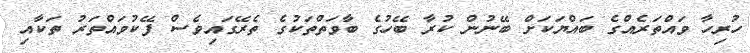
ހުރިހާ ވައްތަރެއްގެ ބައްޔަކަށް ބޭނުން ކުރާ ބޭހުގެ ބާވަތްތަކުގެ ތެރޭގައިވެސް ފޭކުވައްތަރު ތަކާއި